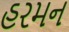
હરમન